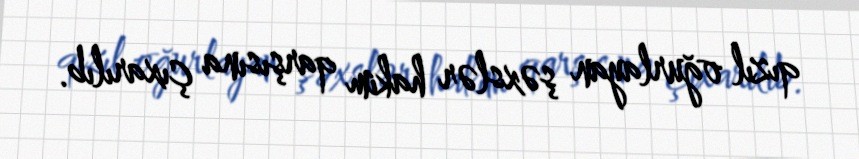
qızıl oğurlayan şəxslər hakim qarşısına çıxarılıb.